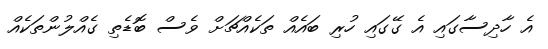
އެ ހާދިސާގައި އެ ގޭގައި ހުރި ބައެއް ތަކެއްޗަށް ވެސް ބޮޑެތި ގެއްލުންތަކެއް